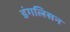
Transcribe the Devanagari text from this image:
डंगलिसन